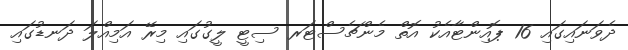
ދެވަނައިގައި 16 ޕޮއިންޓާއެކު އޮތް މެންޗެސްޓަރ ސިޓީ ލީގުގައި މިރޭ އަމިއްލަ ދަނޑުގައި